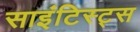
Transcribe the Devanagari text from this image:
साइंटिस्ट्स